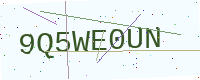
Text: 9Q5WE0UN